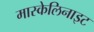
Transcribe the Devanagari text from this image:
मास्केलिनाइट